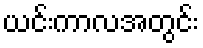
ယင်းကာလအတွင်း